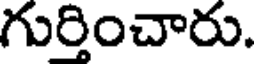
గుర్తించారు.